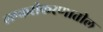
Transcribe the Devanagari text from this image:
लष्करीकरणातील